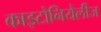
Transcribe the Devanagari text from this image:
काइटोनियेलीज